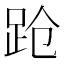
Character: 跄